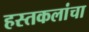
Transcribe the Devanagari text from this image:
हस्तकलांचा